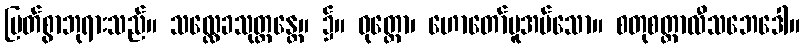
မြတ်စွာဘုရားသည်။ သလ္လေခသုတ္တန္တေ။ ၌။ ဝုတ္တော၊ ဟောတော်မူအပ်သော။ စတုစတ္တာလီသဘေဒေါ။